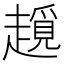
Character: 𧽨